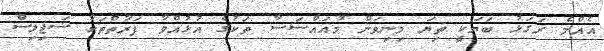
އެއްމެ ރަގަޅު ބަޔަކީ ތިޔަ މިނިވަން މުއައްސަސާ ތަކުގެ އުޅުއްވާ ފަރާތްތަކާ ޟަޖިލިސް